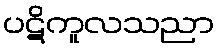
ပဋိကူလသညာ